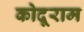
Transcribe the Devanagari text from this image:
कोदूराम